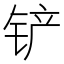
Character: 铲